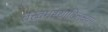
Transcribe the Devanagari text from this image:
तत्त्वमस्यादिलक्ष्यम्